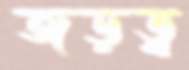
জড়ত্ব